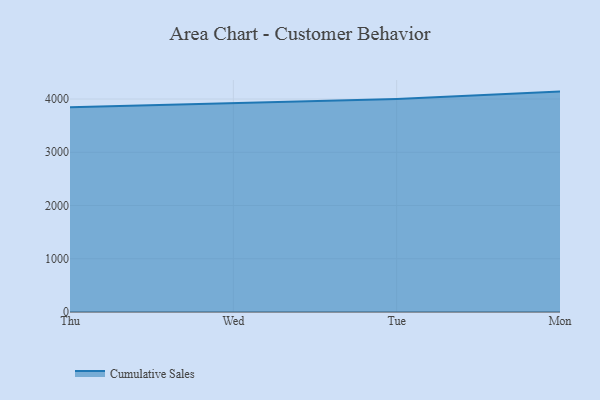
{"axis": {"x": "Day", "y": "Humidity (%)"}, "legend": ["Cumulative Sales"], "data": [{"x": "Thu", "y": 3843.7, "type": "Cumulative Sales"}, {"x": "Wed", "y": 3926.2, "type": "Cumulative Sales"}, {"x": "Tue", "y": 3999.5, "type": "Cumulative Sales"}, {"x": "Mon", "y": 4139.7, "type": "Cumulative Sales"}]}